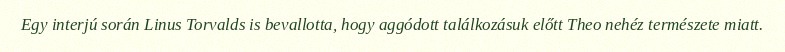
Egy interjú során Linus Torvalds is bevallotta, hogy aggódott találkozásuk előtt Theo nehéz természete miatt.